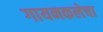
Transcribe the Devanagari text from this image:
गायनकलेचा